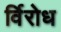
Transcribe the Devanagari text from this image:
र्विरोध